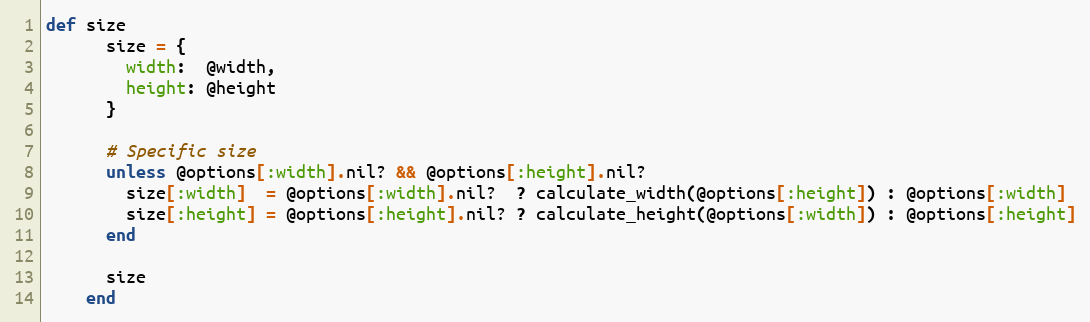
Language: Ruby
def size
      size = {
        width:  @width,
        height: @height
      }

      # Specific size
      unless @options[:width].nil? && @options[:height].nil?
        size[:width]  = @options[:width].nil?  ? calculate_width(@options[:height]) : @options[:width]
        size[:height] = @options[:height].nil? ? calculate_height(@options[:width]) : @options[:height]
      end

      size
    end